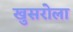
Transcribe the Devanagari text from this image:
खुसरोला